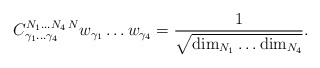
\begin{align*}{C}^{N_1\ldots N_4\,N}_{\gamma_1\ldots\gamma_4} w_{\gamma_1}\ldots w_{\gamma_4} = {1\over \sqrt{{\rm dim}_{N_1} \ldots {\rm dim}_{N_4} }}.\end{align*}